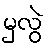
မှလွဲ